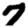
Digit: 7